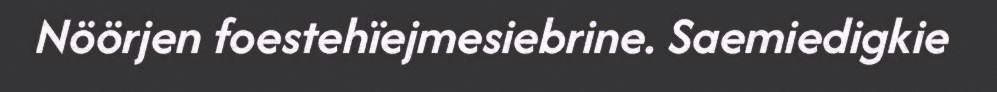
Nöörjen foestehïejmesiebrine. Saemiedigkie